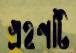
গ্রহণটি